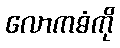
လောကဓံကို